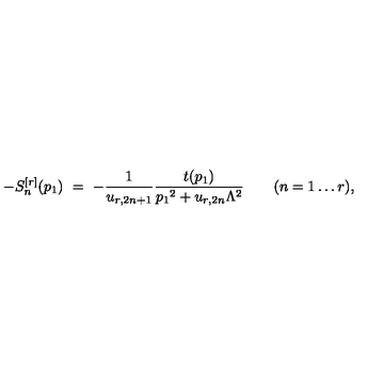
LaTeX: - S _ { n } ^ { [ r ] } ( p _ { 1 } ) \ = \ - \frac { 1 } { u _ { r , 2 n + 1 } } \frac { t ( p _ { 1 } ) } { p _ { 1 } { } ^ { 2 } + u _ { r , 2 n } \Lambda ^ { 2 } } \qquad ( n = 1 \ldots r ) ,